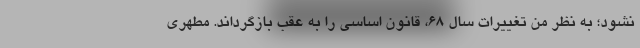
نشود؛ به نظر من تغییرات سال ۶۸، قانون اساسی را به عقب بازگرداند. مطهری